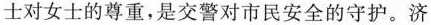
士对女士的尊重，是交警对市民安全的守护。济